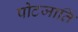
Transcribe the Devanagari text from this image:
पोटजाति